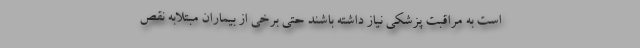
است به مراقبت پزشکی نیاز داشته باشند حتی برخی از بیماران مبتلابه نقص